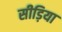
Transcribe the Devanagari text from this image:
सीड़िया